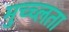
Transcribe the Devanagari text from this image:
मुच्च्लता